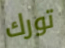
تورك